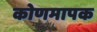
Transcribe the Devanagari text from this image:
कोणमापक